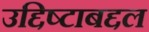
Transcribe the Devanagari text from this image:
उद्दिष्टाबद्दल